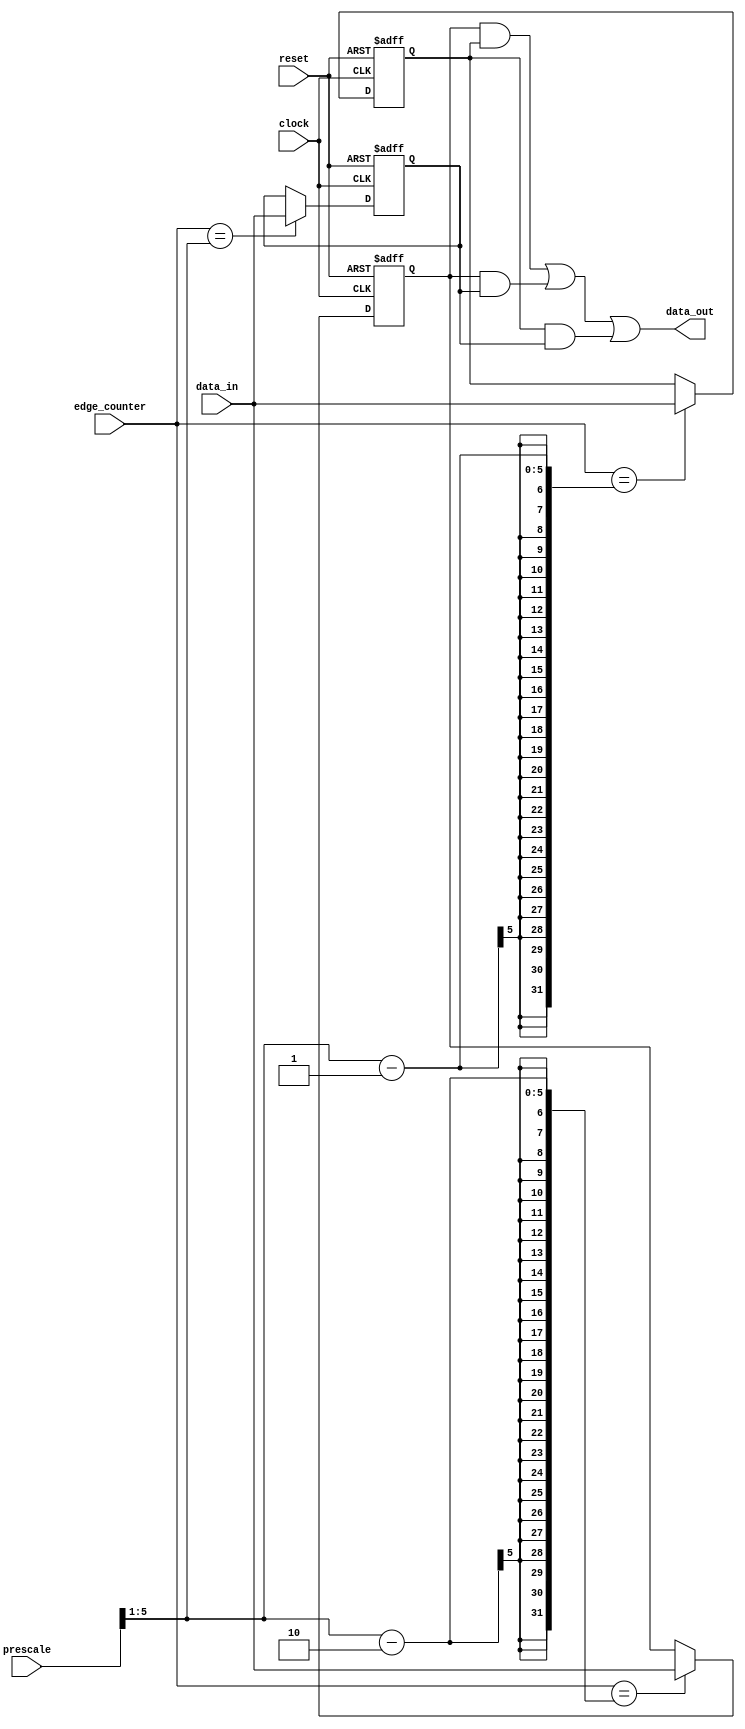
module data_sampling(input wire clock,
                     input wire reset,
                     input wire [5:0] edge_counter,
                     input wire data_in,
                     input wire [5:0] prescale,
                     output wire data_out);
    
    reg sample1, sample2, sample3;
    reg sample1_comb, sample2_comb, sample3_comb;
    
    // Samples sequential logic
    always@(posedge clock or negedge reset)
    begin
        if (!reset)
        begin
            sample1 <= 1'b0;
            sample2 <= 1'b0;
            sample3 <= 1'b0;
        end
        else
        begin
            sample1 <= sample1_comb;
            sample2 <= sample2_comb;
            sample3 <= sample3_comb;
        end
    end
    
    // Sample 1 combinational logic
    always@(*)
    begin
        /* The data sampler block takes 3 samples at the 3 middle clock edges of a Tx clock cycle. Sample
         1 is before the edge in the middle. The edge in the middle is obtained by simply dividing the
         "prescale" value by 2. Instead of dividing by 2, we will use shifting in order to save area since
         a divider consumes large area. */
        if (edge_counter == ((prescale >> 1) - 'd2))
        begin
            sample1_comb = data_in;
        end
        else
        begin
            sample1_comb = sample1;
        end
    end
    
    // Sample 2 combinational logic
    always@(*)
    begin
        /* The data sampler block takes 3 samples at the 3 middle clock edges of a Tx clock cycle. Sample
         2 (i.e. the middle sample) is obtained by simply dividing the "prescale" value by 2. Instead of
         dividing by 2, we will use shifting in order to save area since a divider consumes large area. */
        if (edge_counter == ((prescale >> 1) - 'd1))
        begin
            sample2_comb = data_in;
        end
        else
        begin
            sample2_comb = sample2;
        end
    end
    
    // Sample 3 combinational logic
    always@(*)
    begin
        /* The data sampler block takes 3 samples at the 3 middle clock edges of a Tx clock cycle. Sample
         3 is after the edge in the middle. The edge in the middle is obtained by simply dividing the
         "prescale" value by 2. Instead of dividing by 2, we will use shifting in order to save area since
         a divider consumes large area. */
        if (edge_counter == (prescale >> 1))
        begin
            sample3_comb = data_in;
        end
        else
        begin
            sample3_comb = sample3;
        end
    end
    
    /*
     Sample3     Sample2     Sample1  |       data_out
     0           0           0        |           0
     0           0           1        |           0
     0           1           0        |           0
     0           1           1        |           1
     1           0           0        |           0
     1           0           1        |           1
     1           1           0        |           1
     1           1           1        |           1
     */
    assign data_out = (sample1 & sample2) | (sample1 & sample3) | (sample2 & sample3);
    
endmodule